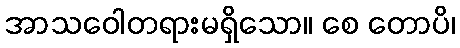
အာသဝေါတရားမရှိသော။ စေ တောပိ၊